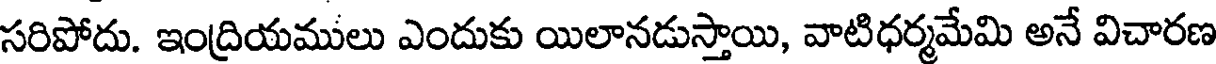
సరిపోదు. ఇంద్రియములు ఎందుకు యిలానడుస్తాయి, వాటిధర్మమేమి అనే విచారణ